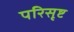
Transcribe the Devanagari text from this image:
परिसृष्ट